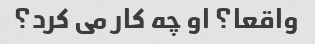
واقعا؟ او چه کار می کرد؟